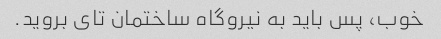
خوب، پس باید به نیروگاه ساختمان تای بروید.